Report on sanitation, dispensaries, and jails in Rajputana for 1919, and on vaccination for the year 1919-1920 - 1919-1920
Year: 1919
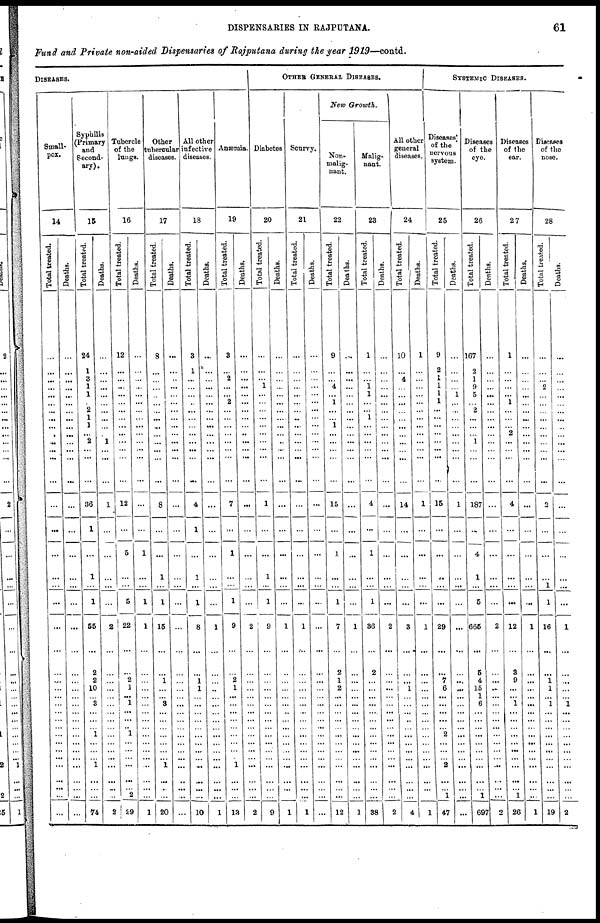
DISPENSARIES IN RAJPUTANA.
61
Fund and Private non-aided Dispensaries of Rajputana during the year 1919—contd.
DISEASES.
Small-
pox.
14
Total treated.
...
...
...
...
...
...
...
...
...
...
...
...
...
...
...
...
...
...
...
...
...
...
...
...
...
...
...
...
...
...
...
...
...
...
...
...
...
...
...
Deaths.
...
...
...
...
...
...
...
...
...
...
...
...
...
...
...
...
...
...
...
...
...
...
...
...
...
...
...
...
...
...
...
...
...
...
...
...
...
...
...
Syphilis
(Primary
and
Second-
ary).
15
Total treated.
24
1
3
1
1
...
2
1
1
...
2
...
...
...
36
1
...
1
...
1
55
...
2
2
10
... 3
...
...
... 1
...
...
... 1
...
...
...
74
Deaths.
...
...
...
...
...
...
...
...
...
... 1
...
...
...
1
...
...
...
...
...
2
...
...
...
...
...
...
...
...
...
...
...
...
...
...
...
...
...
2
Tubercle
of the
lungs.
16
Total treated.
12
...
...
...
...
...
...
...
...
...
...
...
...
...
12
...
5
...
...
5
22
...
...
2
1
... 1
...
...
... 1
...
...
...
...
...
... 2
29
Deaths.
...
...
...
...
...
...
...
...
...
...
...
...
...
...
...
...
1
...
...
1
1
...
...
...
...
...
...
...
...
...
...
...
...
...
...
...
...
...
1
Other
tubercular
diseases.
17
Total treated.
8
...
...
...
...
...
...
...
...
...
...
...
...
...
8
...
...
1
...
1
15
...
...
1
...
... 3
...
...
...
...
...
...
... 1
...
...
...
20
Deaths.
...
...
...
...
...
...
...
...
...
...
...
...
...
...
...
...
...
...
...
...
...
...
...
...
...
...
...
...
...
...
...
...
...
...
...
...
...
...
All other
infective
diseases.
18
Total treated.
3
1
...
...
...
...
...
...
...
...
...
...
...
...
4
1
...
1
...
1
8
...
...
1
1
...
...
...
...
...
...
...
...
...
...
...
...
...
10
Deaths.
...
...
...
...
...
...
...
...
...
...
...
...
...
...
...
...
...
...
...
...
1
...
...
...
...
...
...
...
...
...
...
...
...
...
...
...
...
...
1
Anæmia.
19
Total treated.
3
...
2
...
...
2
...
...
...
...
...
...
..
...
7
...
1
...
...
1
9
...
...
2
1
...
...
...
...
...
...
...
...
... 1
...
...
...
13
Deaths.
...
...
...
...
...
...
...
...
...
...
...
...
...
...
...
...
...
...
...
...
2
...
...
...
...
...
...
...
...
...
...
...
...
...
...
...
...
...
2
OTHER GENERAL DISEASES.
Diabetes
20
Total treated.
...
...
...
1
...
...
...
...
...
...
...
...
...
...
1
...
...
1
...
1
9
...
...
...
...
...
...
...
...
...
...
...
...
...
...
...
...
...
9
Deaths.
...
...
...
...
...
...
...
...
...
...
...
...
...
...
...
...
...
...
...
...
1
...
...
...
...
...
...
...
...
...
...
...
...
...
...
...
...
...
1
Scurvy.
21
Total treated.
...
...
...
...
...
...
...
...
...
...
...
...
...
...
...
...
...
...
...
...
1
...
...
...
...
...
...
...
...
...
...
...
...
...
...
...
...
...
1
Deaths.
...
...
...
...
...
...
...
...
...
...
...
...
...
...
...
...
...
...
...
...
...
...
...
...
...
...
...
...
...
...
...
...
...
...
...
...
...
...
...
New Growth.
Non¬
malig¬
nant.
22
Total treated.
9
...
...
4
...
1
...
...
1
...
...
...
...
...
15
...
1
...
...
1
7
...
2
1
2
...
...
...
...
...
...
...
...
...
...
...
...
...
12
Deaths.
...
...
...
...
...
...
...
...
...
...
...
...
...
...
...
...
...
...
...
...
1
...
...
...
...
...
...
...
...
...
...
...
...
...
...
...
...
...
1
Malig-
nant.
23
Total treated.
1
...
...
1
1
...
...
1
...
...
...
...
...
...
4
...
1
...
...
1
36
...
2
...
...
...
...
...
...
...
...
...
...
...
...
...
...
...
38
Deaths.
...
...
...
...
...
...
...
...
...
...
...
...
...
...
...
...
...
1
...
...
2
...
...
...
...
...
...
... ...
...
...
...
...
...
...
...
...
...
2
All other
general
diseases.
24
Total treated.
10
...
4
...
...
...
...
...
...
...
...
...
...
...
14
...
...
...
...
...
3
...
...
...
1
...
...
...
...
...
...
...
...
...
...
...
...
...
4
Deaths.
1
...
...
...
...
...
...
...
...
...
...
...
...
...
1
...
...
...
...
...
1
...
...
...
...
...
...
...
...
...
...
...
...
...
...
...
...
...
1
SYSTEMIC DISEASES.
Diseases
of the
nervous
system.
25
Total treated.
9
2
1
1
1
1
...
...
...
...
...
...
...
...
15
...
...
...
...
...
29
...
...
7
6
...
...
...
...
... 2
...
...
... 2
...
... 1
47
Deaths.
...
...
...
...
1
...
...
...
...
...
...
...
...
...
1
...
...
...
...
...
...
...
...
...
...
...
...
...
...
...
...
...
...
...
...
...
...
...
...
Diseases
of the
eye.
26
Total treated.
167
2
1
9
5
...
2
...
...
... 1
...
...
...
187
...
4
1
...
5
665
...
5
4
15
1
6
...
...
...
...
...
...
...
...
...
... 1
697
Deaths.
...
...
...
...
...
...
...
...
...
...
...
...
...
...
...
...
...
...
...
...
2
...
...
...
...
...
...
...
...
...
...
...
...
...
...
...
...
...
2
Diseases
of the
ear.
27
Total treated.
1
...
...
...
...
1
...
...
...
2
...
...
...
...
4
...
...
...
...
...
12
...
3
9
...
... 1
...
...
...
...
...
...
...
...
...
... 1
26
Deaths.
...
...
...
...
...
...
...
...
...
...
...
...
...
...
...
...
...
...
...
...
1
...
...
...
...
...
...
...
...
...
...
...
...
...
...
...
...
...
1
Diseases
of the
nose.
28
Total treated.
...
...
...
2
...
...
...
...
...
...
...
...
...
...
2
...
...
...
1
1
16
...
...
1
1
... 1
...
...
...
...
...
...
...
...
...
...
...
19
Deaths.
1
...
...
...
...
...
...
...
...
...
...
...
...
...
...
...
...
...
...
...
1
...
...
...
...
...
1
...
...
...
...
...
...
...
...
2